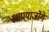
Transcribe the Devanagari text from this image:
खाण्याजोगे